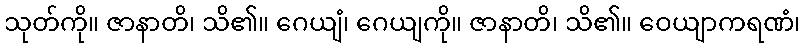
သုတ်ကို။ ဇာနာတိ၊ သိ၏။ ဂေယျံ၊ ဂေယျကို။ ဇာနာတိ၊ သိ၏။ ဝေယျာကရဏံ၊